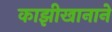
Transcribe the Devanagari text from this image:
काझीखानाने